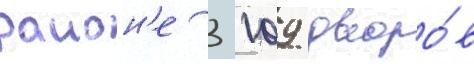
раион'е 3 109 дворо́в